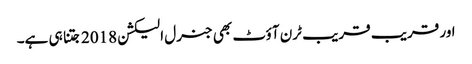
اور قریب قریب ٹرن آؤٹ بھی جنرل الیکشن 2018 جتنا ہی ہے۔